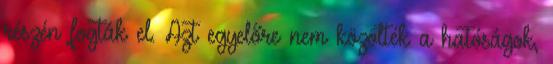
részén fogták el. Azt egyelőre nem közölték a hatóságok,